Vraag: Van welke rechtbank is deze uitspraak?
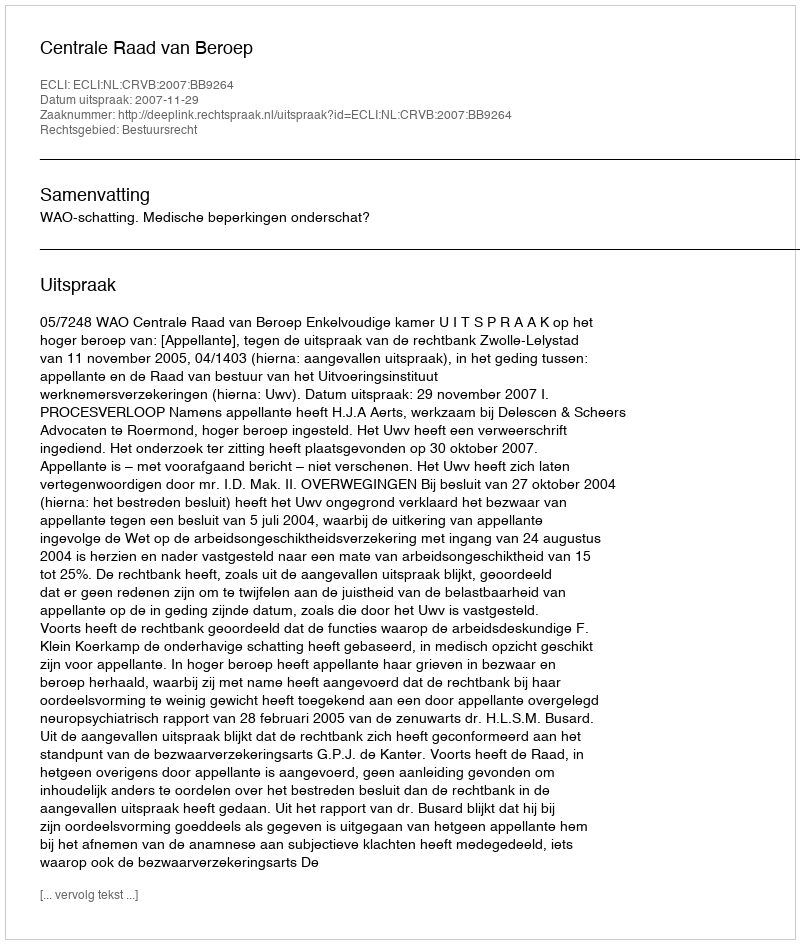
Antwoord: Centrale Raad van Beroep